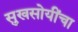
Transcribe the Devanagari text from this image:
सुखसोयींचा